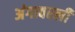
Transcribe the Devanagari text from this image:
अंगावरली